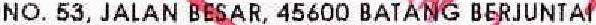
NO. 53, JALAN BESAR, 45600 BATANG BERJUNTAI